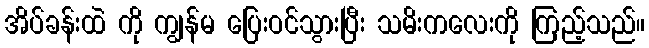
အိပ်ခန်းထဲ ကို ကျွန်မ ပြေးဝင်သွားပြီး သမိးကလေးကို ကြည့်သည်။